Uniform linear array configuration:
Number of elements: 12
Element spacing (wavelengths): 1
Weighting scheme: hamming
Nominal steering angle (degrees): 15
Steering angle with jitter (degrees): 16.206
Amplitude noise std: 0.05
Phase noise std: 0.05

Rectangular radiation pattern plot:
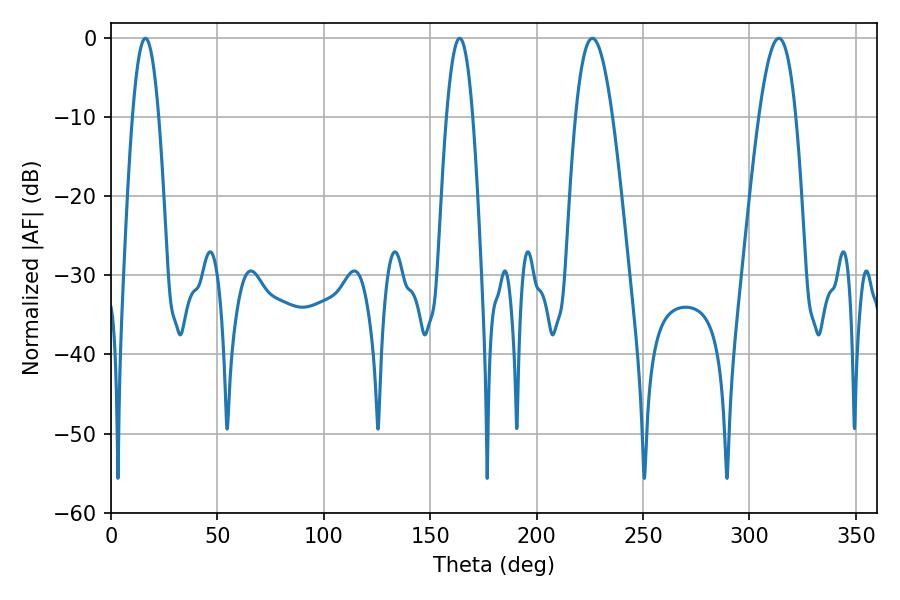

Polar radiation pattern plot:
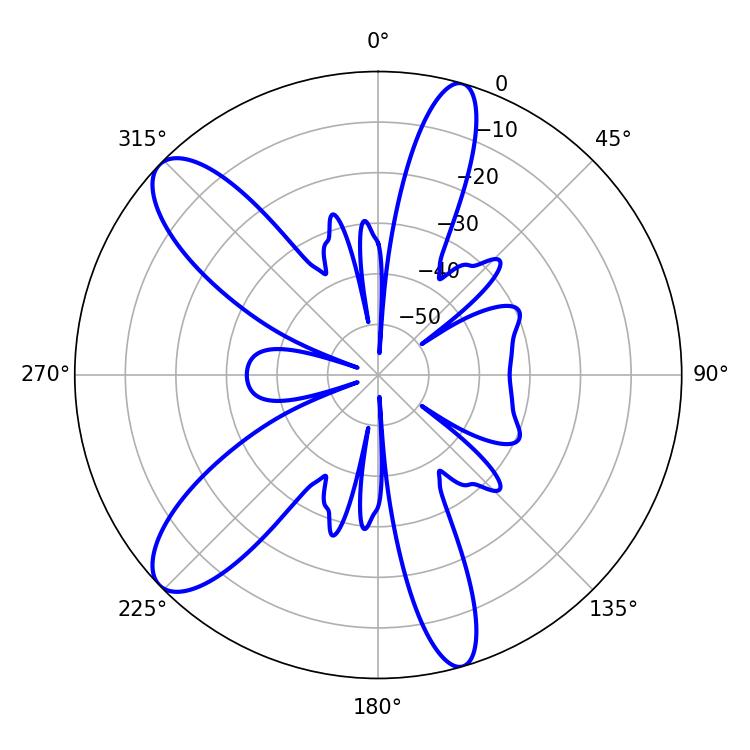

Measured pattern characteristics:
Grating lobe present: TRUE
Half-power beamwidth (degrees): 6.84
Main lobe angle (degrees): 163.8